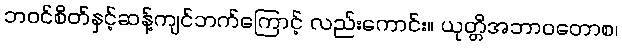
ဘဝင်စိတ်နှင့်ဆန့်ကျင်ဘက်ကြောင့် လည်းကောင်း။ ယုတ္တိအဘာဝတောစ၊